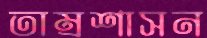
তাম্রশাসন